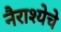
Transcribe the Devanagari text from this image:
नैराश्येचे